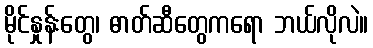
မိုင်နှုန်းတွေ၊ ဓာတ်ဆီတွေကရော ဘယ်လိုလဲ။